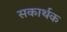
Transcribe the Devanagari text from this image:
सकार्थक